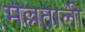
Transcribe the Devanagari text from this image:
मल्लताली